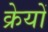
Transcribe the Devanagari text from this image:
क्रेयों